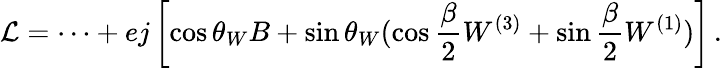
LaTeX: {\cal L}=\cdots+ej\left[\cos\theta_{W}B+\sin\theta_{W}(\cos\frac{\beta}{2}W^{(3)}+\sin\frac{\beta}{2}W^{(1)})\right]\, .